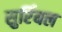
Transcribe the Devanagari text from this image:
सुर्रियल